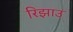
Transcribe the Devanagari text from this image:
रिझाउ